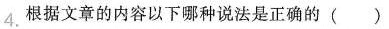
4.根据文章的内容以下哪种说法是正确的( )